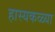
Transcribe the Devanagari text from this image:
हास्यकळ्या